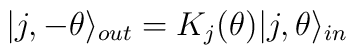
|j,-\theta \rangle _{out}=K_j(\theta )|j,\theta \rangle _{in}